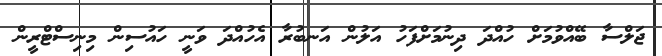
ޖަލްސާ ބޭއްވުމަށް ހުއްދަ ދިނުމަށްފަހު އަލުން އަނބުރާ އެހުއްދަ ވަނީ ހައުސިން މިނިސްޓްރީން